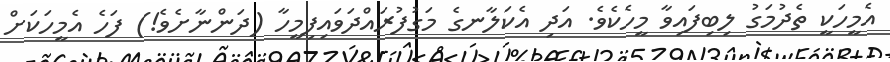
އެމީހަކީ ތެދުމަގު ލިބިފައިވާ މީހެކެވެ. އަދި އެކަލާނގެ މަގުފުރައްދަވައިފިމީހާ (ދަންނާށެވެ!) ފަހެ އެމީހަކަށް